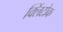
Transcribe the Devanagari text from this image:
क्लिंटोक